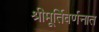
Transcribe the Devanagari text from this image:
श्रीमूर्तिवर्णनात